Annual report of the Punjab Veterinary College and of the Civil Veterinary Department, Punjab - 1920-1925
Year: 1920
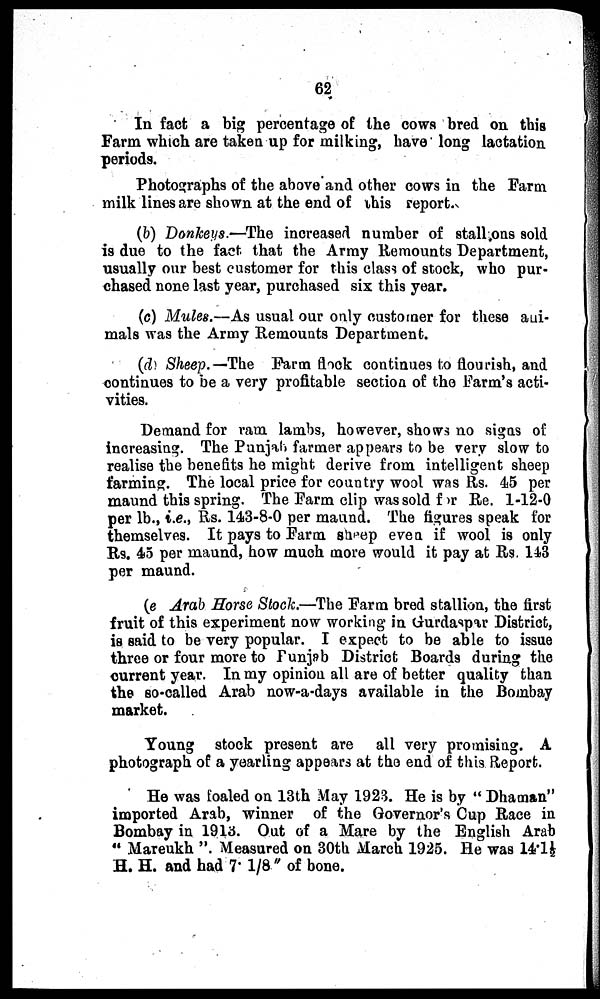
62
In fact a big percentage of the cows bred on this
Farm which are taken up for milking, have long lactation
periods.
Photographs of the above and other cows in the Farm
milk lines are shown at the end of this report.
(b) Donkeys.—The increased number of stall ons sold
is due to the fact that the Army Remounts Department,
usually our best customer for this class of stock, who pur-
chased none last year, purchased six this year.
(c) Mules.—As usual our only customer for these ani-
mals was the Army Remounts Department.
(d) Sheep.—The Farm flock continues to flourish, and
continues to be a very profitable section of the Farm's acti-
vities.
Demand for ram lambs, however, shows no signs of
increasing. The Punjab farmer appears to be very slow to
realise the benefits he might derive from intelligent sheep
farming. The local price for country wool was Rs. 45 per
maund this spring. The Farm clip was sold for Re. 1-12-0
per lb., i.e., Rs. 143-8-0 per maund. The figures speak for
themselves. It pays to Farm sheep even if wool is only
Rs. 45 per maund, how much more would it pay at Rs. 143
per maund.
(e Arab Horse Stock.—The Farm bred stallion, the first
fruit of this experiment now working in Gurdaspar District,
is said to be very popular. I expect to be able to issue
three or four more to Punjab District Boards during the
current year. In my opinion all are of better quality than
the so-called Arab now-a-days available in the Bombay
market.
Young stock present are all very promising. A
photograph of a yearling appears at the end of this Report.
He was foaled on 13th May 1923. He is by "Dhaman"
imported Arab, winner of the Governor's Cup Race in
Bombay in 1913. Out of a Mare by the English Arab
"Mareukh". Measured on 30th March 1925. He was 14.1½
H. H. and had 7. 1/8" of bone.